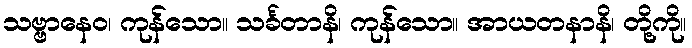
သဗ္ဗာနေဝ၊ ကုန်သော။ သင်္ခတာနိ၊ ကုန်သော။ အာယတနာနိ၊ တို့ကို။